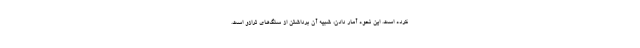
کرده است. این نحوه آمار دادن، شبیه آن برداشتن از سنگ‌های ترازو است.